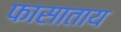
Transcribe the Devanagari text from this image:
फासाताय